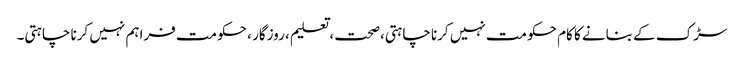
سڑک کے بنانے کا کام حکومت نہیں کرنا چاہتی،صحت ، تعلیم ، روزگار ، حکومت فراہم نہیں کرنا چاہتی۔